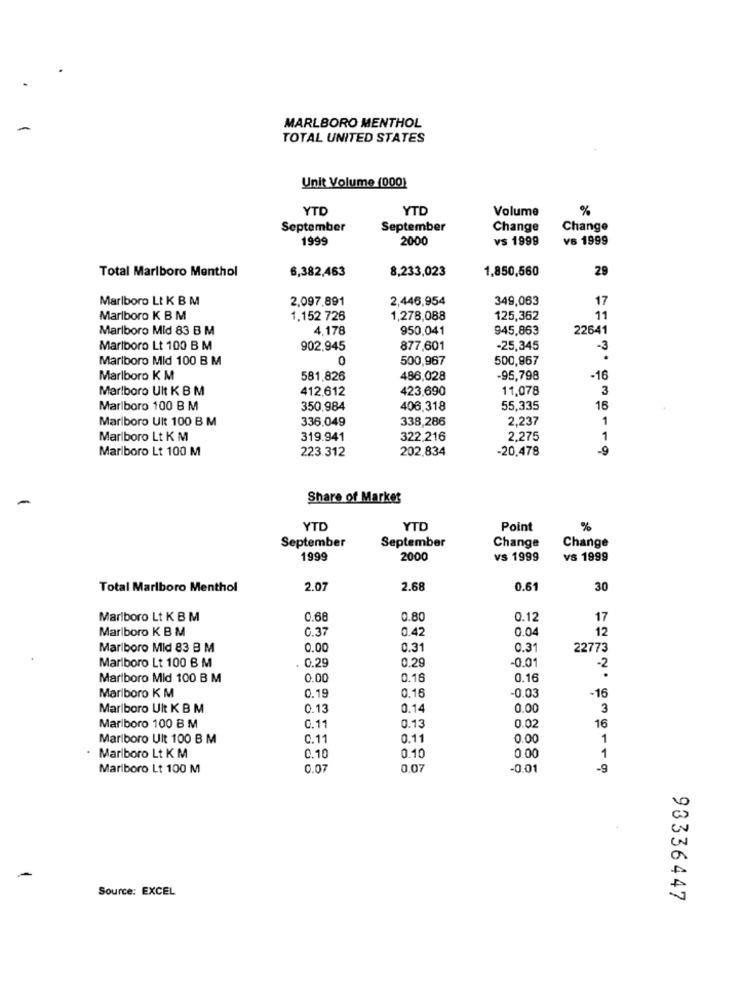
MARLBORO MENTHOL
TOTAL UNITED STATES
Unit Volume (000)
YTD
YTD
Volume
%
September
September
Change
Change
199
2000
vs 1999
v6 1999
6,382,463
8,233,023
1,850,560
29
Total Marlboro Menthol
Marlboro Lt K B M
2,097.891
2,446,954
349,063
17
Marlboro K B M
1.152 726
1,278,088
125,362
11
Marlboro Mid 83 B M
4,178
950,041
945,863
22641
Marlboro Lt 100 B M
902,945
877,601
-25,345
-3
Marlboro Mid 100 B M
0
500,967
500,867
Marlboro K M
581,826
486,028
-95,798
-16
Marlboro Ult K B M
412.612
423,690
11.078
3
Marlboro 100 B M
350.984
406.318
55,335
16
Marlboro Ult 100 B M
336.049
338,286
2.237
1
Marlboro Lt K M
319.941
322.216
2.275
1
Marlboro Lt 100 M
223.312
202.834
-20,478
-9
Share of Market
YTD
YTD
Point
%
September
September
Change
Change
1999
2000
vs 1999
vs 1999
Total Marlboro Menthol
2.07
2.68
0.61
30
Marlboro Lt K B M
0.66
0.80
0.1
17
Marlboro K B M
0.37
0.42
0.04
12
Marlboro Mid 83 B M
0.00
0.31
0.31
22773
0.29
0.29
-0.0
Marlboro Lt 100 B M
-2
Mariboro Mid 100 B M
0.00
0.16
0.16
0.19
0.16
-0.03
-16
Marlboro K M
Marlboro Ult K B M
0.13
0.14
0.00
3
Marlboro 100 B M
0.1
0.13
0.02
16
Marlboro Uit 100 B M
C.11
0.11
0.00
1
. Marlboro Lt K M
0.10
0.10
0.00
1
Mariboro Lt 100 M
0.07
0.07
-0.01
-9
-
Source: EXCEL
93336447